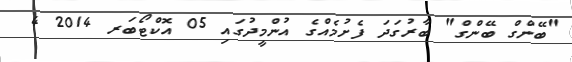
"ބޭންގް ބޭންގް" ބާރުގަދަ ފެށުމެއްގެ އުންމީދުގައި 05 އޮކްޓޯބަރ 2014 4